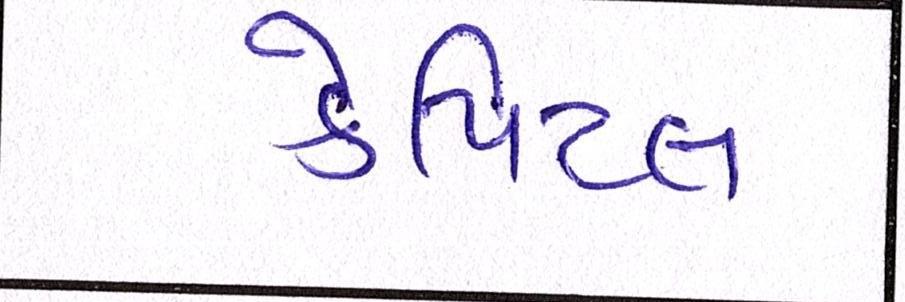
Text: કેપિટલ